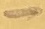
Text: -